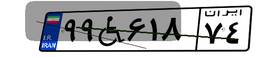
۹۹W۶۱۸۷۴